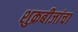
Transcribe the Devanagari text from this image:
शुक्रबीजांचा